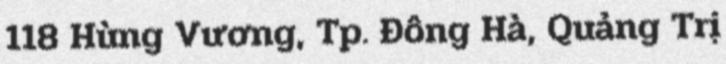
118 Hùng Vương, Tp. Đông Hà, Quảng Trị